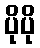
ပိုပို